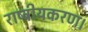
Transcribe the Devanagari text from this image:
राष्ट्रीयकरण।